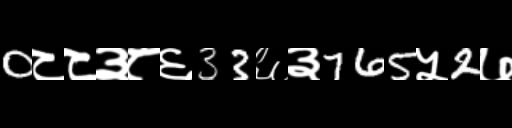
Text: 0८८३८६33६३765५2७